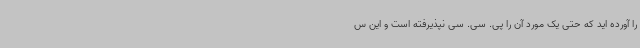
را آورده اید که حتی یک مورد آن را پی. سی. سی نپذیرفته است و این س